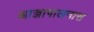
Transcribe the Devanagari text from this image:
आज्ञापालनास